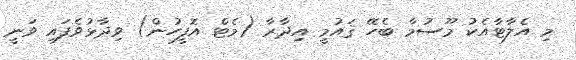
މި އެލާޓާއެކު މޫސުމާ ބެހޭ ޤައުމީ އިދާރާ (މެޓް އޮފީހުން) ވިދާޅުވެފައި ވަނީ